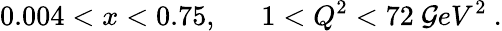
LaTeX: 0.004<x<0.75,~~~~~~1<Q^{2}<72~\mathcal{G}eV^{2}~.